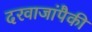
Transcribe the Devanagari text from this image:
दरवाजांपैकी